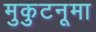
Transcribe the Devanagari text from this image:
मुकुटनूमा